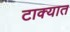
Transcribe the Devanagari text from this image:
टाक्‍यात